Annual administration report of the Civil Veterinary Department, Sind - 1945-1946
Year: 1945
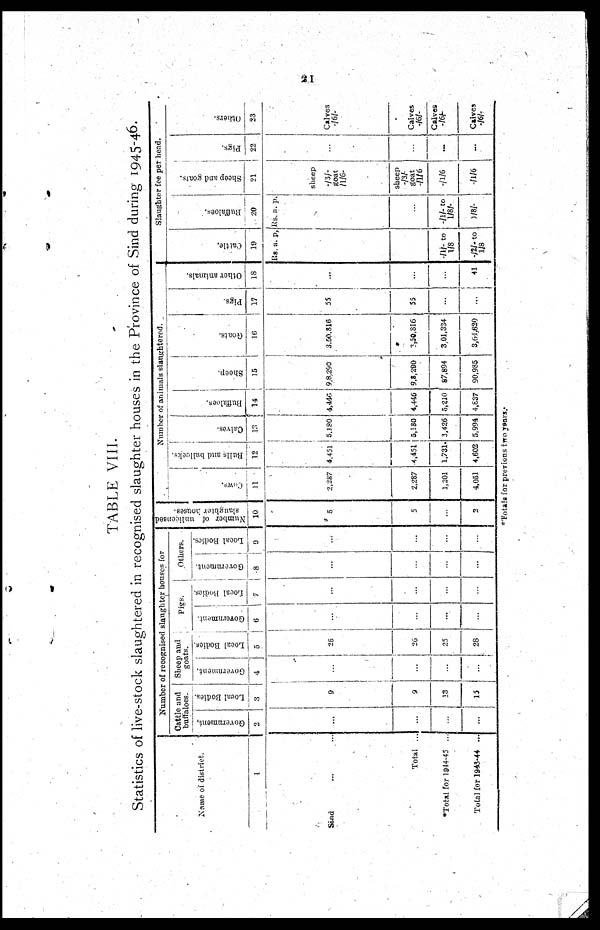
21
TABLE VIII.
Statistics of live-stock slaughtered in recognised slaughter houses in the Province of Sind during 1945-46.
Name of district.
1
Sind ... ...
Total ...
*Total for 1944-45 ...
Total for 1943-44 ...
Number of recognised slaughter houses for
Cattle and
buffaloes.
Government,
2
...
...
...
...
Local Bodies.
3
9
9
13
15
Sheep and
goals.
Government.
4
...
...
......
...
Local Bodies.
5
26
26
25
28
Pies.
Government.
6
...
...
...
...
Local Bodies.
7
...
...
...
...
Others.
Government.
8
...
...
...
...
Local Bodies.
9
...
...
...
...
Number of unlicensed
slaughter houses.
10
5
5
...
2
Number of animals slaughtered.
Cows.
11
2,287
2,287
1,201
4,51
Bulls and bullacks.
12
4,451
4,451
1,731
4,602
Calves.
13
5,180
5,180
3,426
5,994
Buffaloes.
14
4,440
4,446
5,210
4,837
Sheep.
15
9,8,290
9,8,290
87,894
90,985
Goals.
16
3,50,816
3,0,816
3,01,334
3,01.620
Pigs.
17
55
55
...
...
Other animals.
18
...
...
...
41
Cattle.
19
Rs. a. p.
...
-/1/- to
1/8
-/2/- to
1/8
Slaughter fee per head.
Buffaloes.
20
Rs. a. p.
...
-/1/- to
1/8/-
1/8/-
Sheep and goats.
21
sheep
-/3/-
goat
/1/6-
sheep
-/3/-
goat
-/1/6
-/1/6
-/1/6
Pigs.
22
...
...
...
...
Others.
23
Calves
-/6/-
Calves
-/6/-
Calves
-/6/-
Calves
-/6/-
*Totals for previous two years.